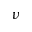
\nu